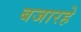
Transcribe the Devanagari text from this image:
बजारहे